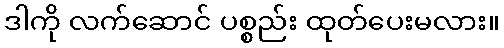
ဒါကို လက်ဆောင် ပစ္စည်း ထုတ်ပေးမလား။